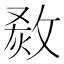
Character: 𤊮